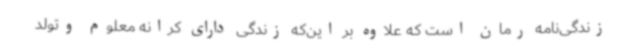
زندگی‌نامه رمان است که علاوه بر این‌که زندگی دارای کرانه معلوم وتولد